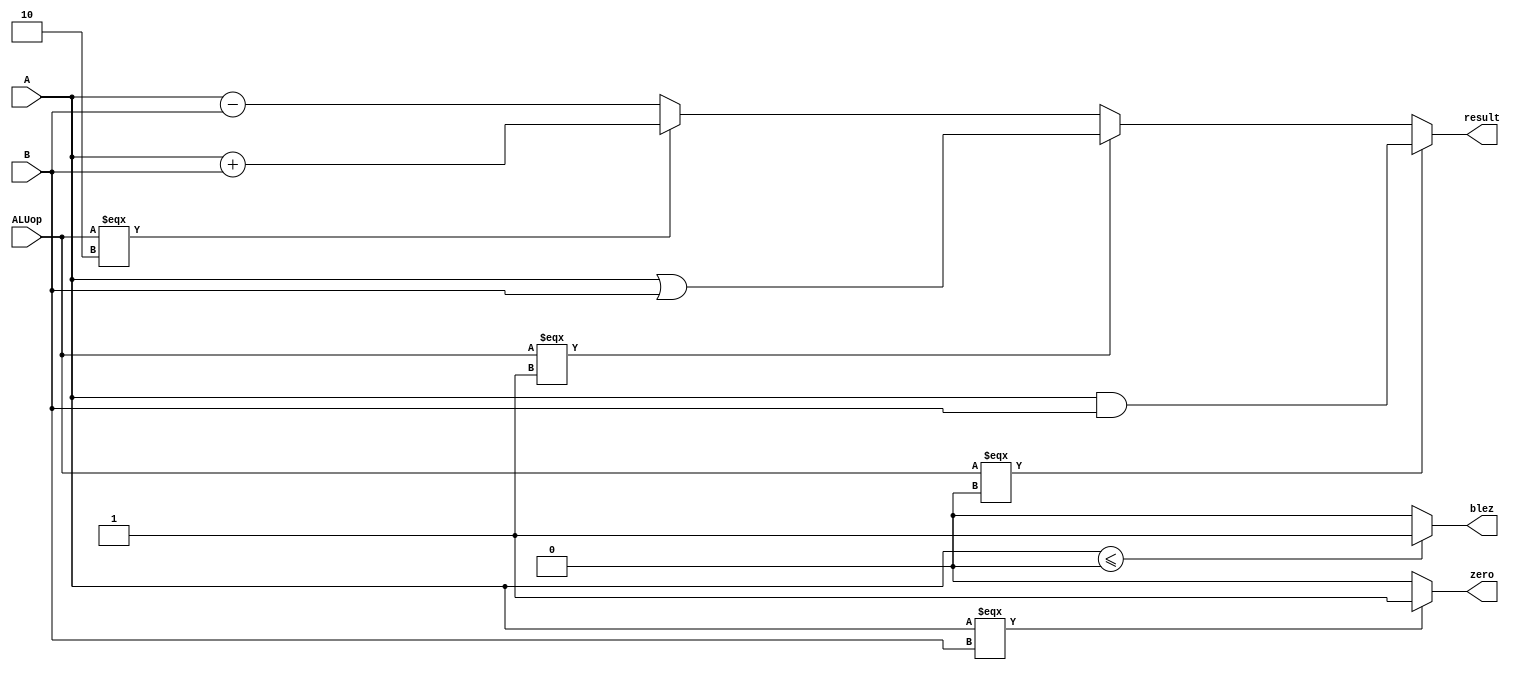
`timescale 1ns / 1ps
//////////////////////////////////////////////////////////////////////////////////
// Company: 
// Engineer: 
// 
// Design Name: 
// Module Name:    ALU 
// Project Name: 
// Target Devices: 
// Tool versions: 
// Description: 
//
// Dependencies: 
//
// Revision: 
// Revision 0.01 - File Created
// Additional Comments: 
//
///////////////////////////////////////////////////////////////////////////////////////////////////////
module ALU(
    input [31:0] A,
    input [31:0] B,
    input [3:0] ALUop,
    output [31:0] result,
    output zero,
    output blez
    );
	assign result = (ALUop === 0)?A & B:
					(ALUop === 1)?A | B:
					(ALUop === 2)?A + B:A - B;
	assign zero = (A === B)?1 : 0 ;
	
	assign blez = ($signed(A)<=0)?1 : 0 ; ////////////////////////////////////////////
	
endmodule